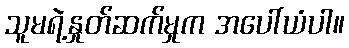
သူမရဲ့နှုတ်ဆက်မှုက အပေါ်ယံပါ။